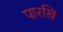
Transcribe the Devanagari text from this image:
पारखि